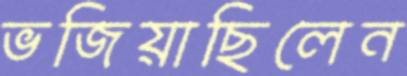
ভজিয়াছিলেন